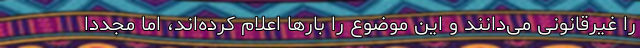
را غیرقانونی می‌دانند و این موضوع را بار‌ها اعلام کرده‌اند، اما مجدداً